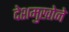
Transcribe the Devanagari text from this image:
देशमुखोने